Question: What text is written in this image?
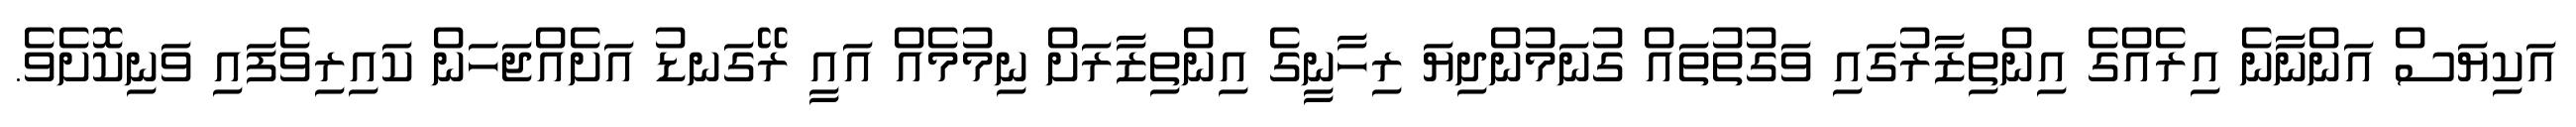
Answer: އަކިޔަސް އަންނާނެ އިރެއްގެ އިންތިޒާރުގައި ވަގުތުތައް ގުނަމުންދިޔަ ރިހާނީގެ އިންތިޒާރަށް ނިމުމެއް އައީ ރޭގަނޑު އަށެއްޖަހަން ކައިރިވެފައި ވަނިކޮށެވެ.